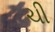
ચી